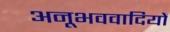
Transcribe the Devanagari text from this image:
अनूभववादियों